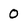
Character: 0